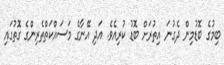
ބިމުގެ ބޮޑުމިން ދެގުނަ އިތުރަށް ބޮޑު ކުރިއެވެ. އަދި އޭނާގެ މަސައްކަތްތެރިންގެ ގޮތުގައި